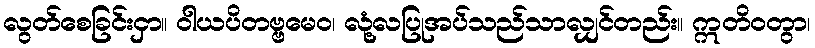
လွတ်စေခြင်းငှာ။ ဝါယပိတဗ္ဗမေဝ၊ လုံ့လပြုအပ်သည်သာလျှင်တည်း။ ဣတိဝတွာ၊